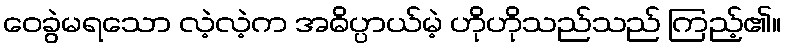
ဝေခွဲမရသော လဲ့လဲ့က အဓိပ္ပာယ်မဲ့ ဟိုဟိုသည်သည် ကြည့်၏။